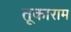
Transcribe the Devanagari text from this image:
तूकाराम